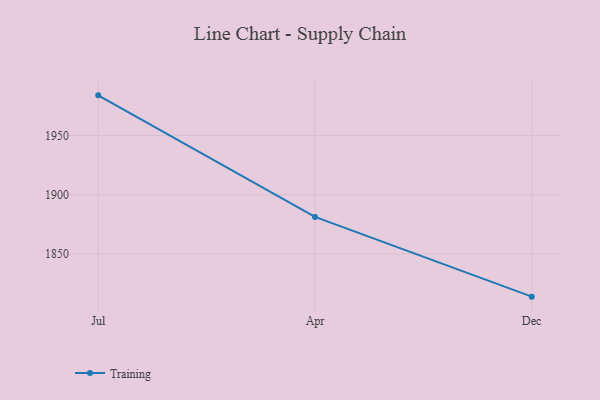
{"axis": {"x": "Month", "y": "Shipments"}, "legend": ["Training"], "data": [{"x": "Jul", "y": 1983.9, "type": "Training"}, {"x": "Apr", "y": 1881.2, "type": "Training"}, {"x": "Dec", "y": 1813.9, "type": "Training"}]}